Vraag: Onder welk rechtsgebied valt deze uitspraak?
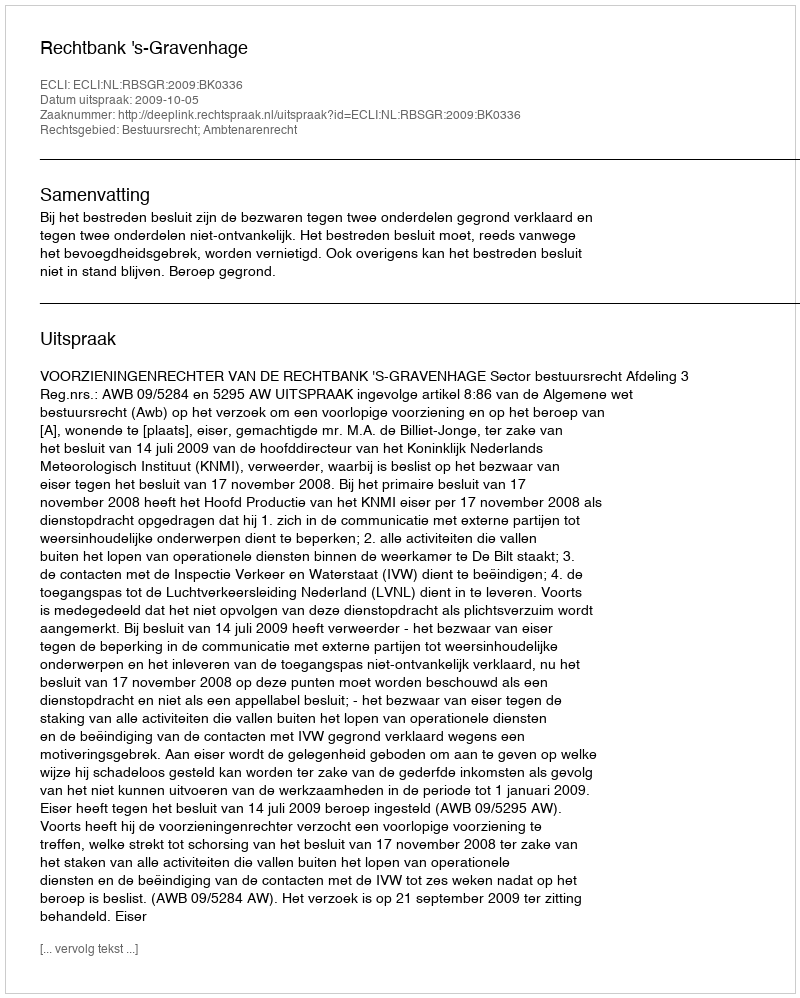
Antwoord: Bestuursrecht; Ambtenarenrecht